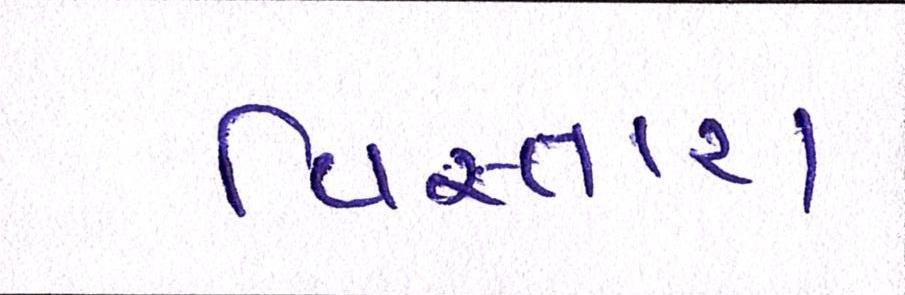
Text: વિસ્તારા